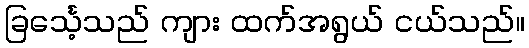
ခြင်္သေ့သည် ကျား ထက်အရွယ် ငယ်သည်။